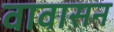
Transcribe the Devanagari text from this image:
वावासन